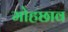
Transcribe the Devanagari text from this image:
मोहछाव